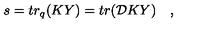
s = t r _ { q } ( K Y ) = t r ( { \cal D } K Y ) \quad ,